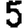
Digit: 5